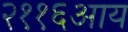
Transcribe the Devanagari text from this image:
२११६आय